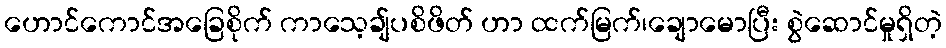
ဟောင်ကောင်အခြေစိုက် ကာသေ့ချ်ပစိဖိတ် ဟာ ထက်မြက်၊ချောမောပြီး စွဲဆောင်မှုရှိတဲ့